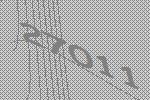
27011